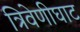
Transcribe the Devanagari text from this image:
त्रिवेणीघाट